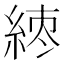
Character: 𬗘